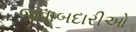
જવાબદારીઓ